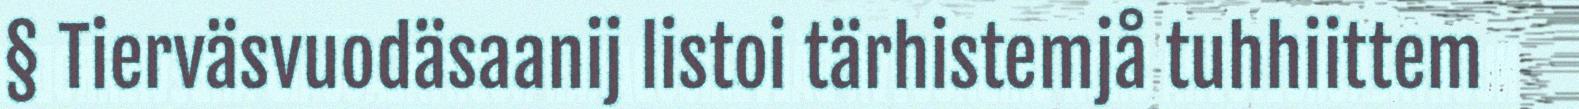
§ Tierväsvuodäsaanij listoi tärhistemjå tuhhiittem